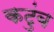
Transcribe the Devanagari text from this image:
कटुंब